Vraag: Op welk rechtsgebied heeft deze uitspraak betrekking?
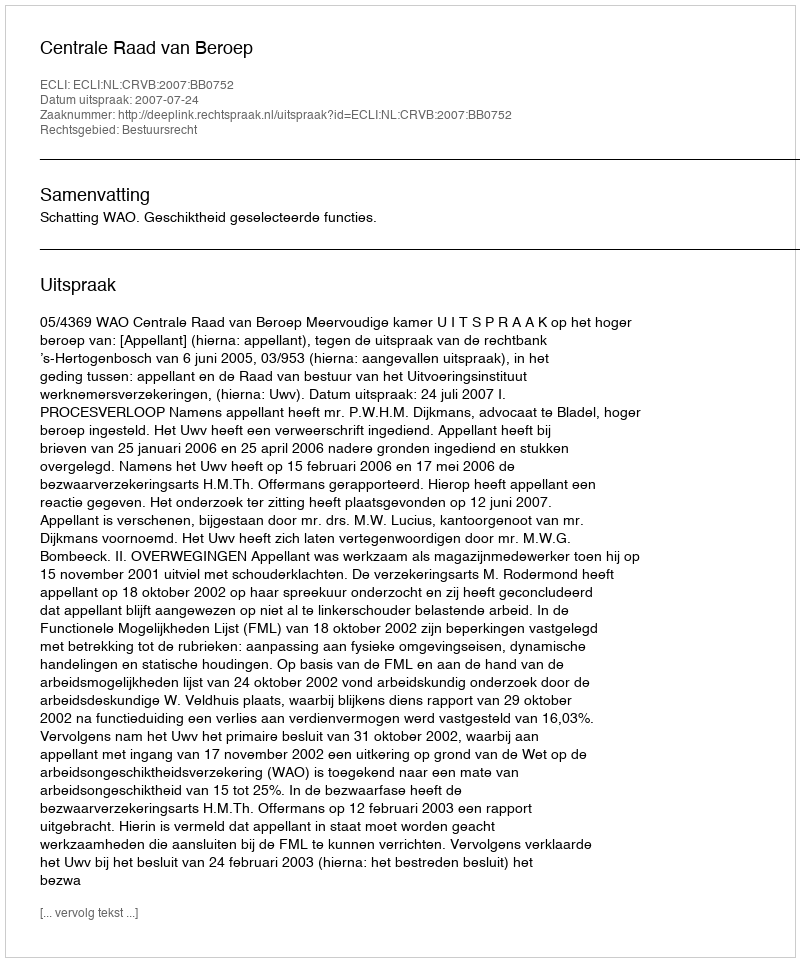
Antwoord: Bestuursrecht